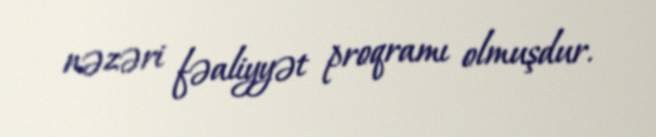
nəzəri fəaliyyət proqramı olmuşdur.